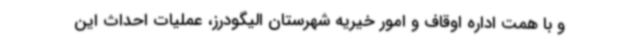
و با همت اداره اوقاف و امور خیریه شهرستان الیگودرز، عملیات احداث این